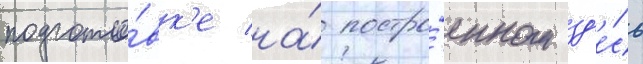
подгото́вк'е на́ постро́енном зд'е́сь